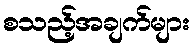
စသည့်အချက်များ